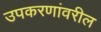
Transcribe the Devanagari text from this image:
उपकरणांवरील